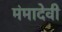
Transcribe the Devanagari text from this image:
मंमादेवी